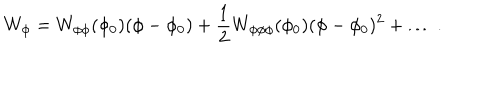
W _ { \phi } = W _ { \phi \phi } ( \phi _ { 0 } ) ( \phi - \phi _ { 0 } ) + { \frac { 1 } { 2 } } W _ { \phi \phi \phi } ( \phi _ { 0 } ) ( \phi - \phi _ { 0 } ) ^ { 2 } + \dots ~ .